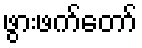
ဖွားဖက်တော်